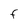
Character: F